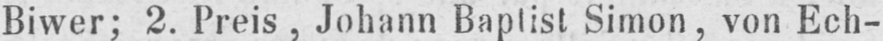
Biwer; 2. Preis, Johann Baptist Simon, von Ech-